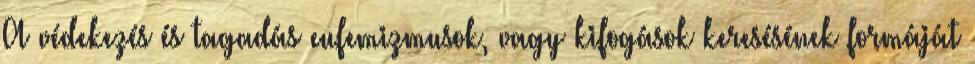
A védekezés és tagadás eufemizmusok, vagy kifogások keresésének formáját